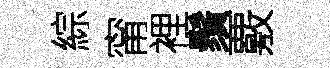
綜甯裡鬚覈